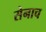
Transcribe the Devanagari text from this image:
सेनाच